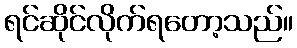
ရင်ဆိုင်လိုက်ရတော့သည်။